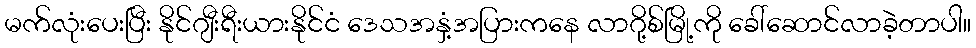
မက်လုံးပေးပြီး နိုင်ဂျီးရီးယားနိုင်ငံ ဒေသအနှံ့အပြားကနေ လာဂို့စ်မြို့ကို ခေါ်ဆောင်လာခဲ့တာပါ။